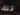
تلك